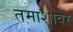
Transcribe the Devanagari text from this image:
तमाशावर